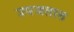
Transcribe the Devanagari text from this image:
उपजतात